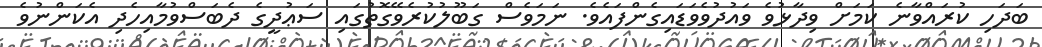
ބަދަހި ކުރައްވާނެ ކަމަށް ވިދާޅުވެ ވައުދުވެވަޑައިގެންފައެވެ. ނަމަވެސް ގަބޫލުކުރެވޭގޮތުގައި ސަޢުދީގެ ދެބަސްވުމާއިހެދި އެކަންނުވެ